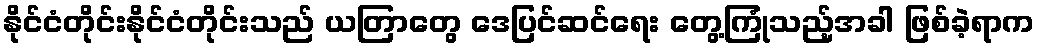
နိုင်ငံတိုင်းနိုင်ငံတိုင်းသည် ယတြာတွေ ဒေပြင်ဆင်ရေး တွေ့ကြုံသည့်အခါ ဖြစ်ခဲ့ရာက